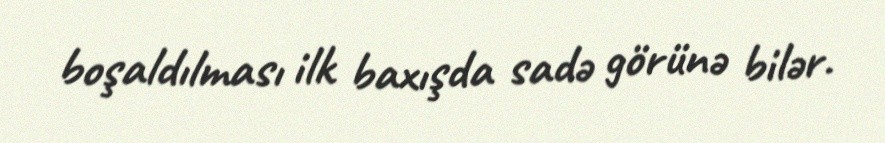
boşaldılması ilk baxışda sadə görünə bilər.